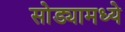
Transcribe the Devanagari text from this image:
सोड्यामध्ये